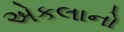
એકલાનો